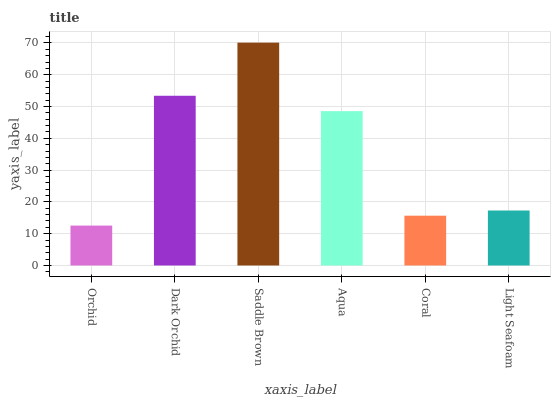
| xaxis_label | bars |
 | --- | --- |
 | Orchid | 12.6 |
 | Dark Orchid | 53.4 |
 | Saddle Brown | 70.1 |
 | Aqua | 48.6 |
 | Coral | 15.7 |
 | Light Seafoam | 17.3 |